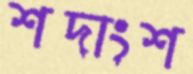
শদাংশ